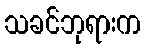
သခင်ဘုရားက